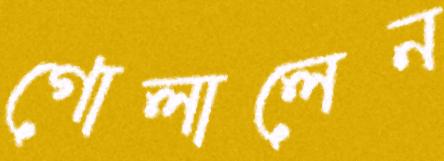
গোলালেন